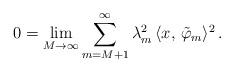
LaTeX: \begin{align*}0 & = \lim_{M\rightarrow\infty} \sum_{m=M+1}^\infty \lambda_m^2 \, \langle x,\, \tilde\varphi_m \rangle^2\,.\end{align*}